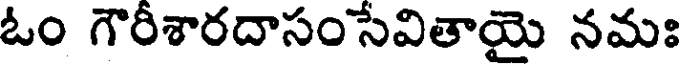
ఓం గౌరీశారదాసంసేవితాయై నమః